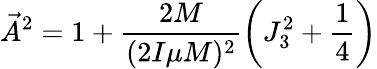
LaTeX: \vec{A}^{2}=1+\frac{2M}{(2I\mu M)^{2}}\left(J_{3}^{2}+\frac{1}{4}\right)